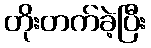
တိုးတက်ခဲ့ပြီး